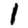
Digit: 1